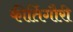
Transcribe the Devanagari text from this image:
कीर्तिगौरी